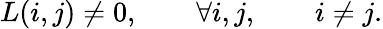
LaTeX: L(i,j)\ne 0,\qquad\forall i,j,\qquad i\ne j.